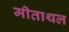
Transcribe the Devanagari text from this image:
मीताथल